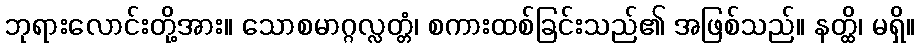
ဘုရားလောင်းတို့အား။ သောစမာဂ္ဂလ္လတ္တံ၊ စကားထစ်ခြင်းသည်၏ အဖြစ်သည်။ နတ္ထိ၊ မရှိ။